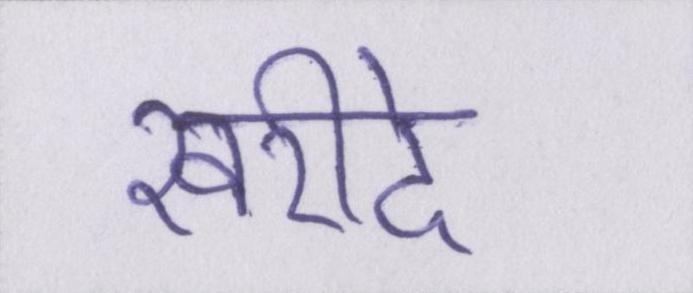
खरीदे